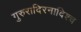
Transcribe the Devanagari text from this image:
गुरुरादिरनादिश्च